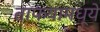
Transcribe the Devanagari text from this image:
ताफयामध्ये